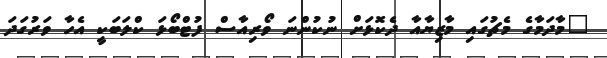
"މާދަމާގެ މެޗުގައި މާޒިޔާއާ ދެކޮޅަށް ނުކުންނަ ވޯރިއާސް ފުޓްބޯޅަ ކްލަބަކީ އެހާ ވަރުގަދަ